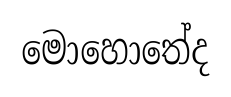
මොහොතේද